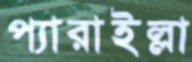
প্যারাইল্লা